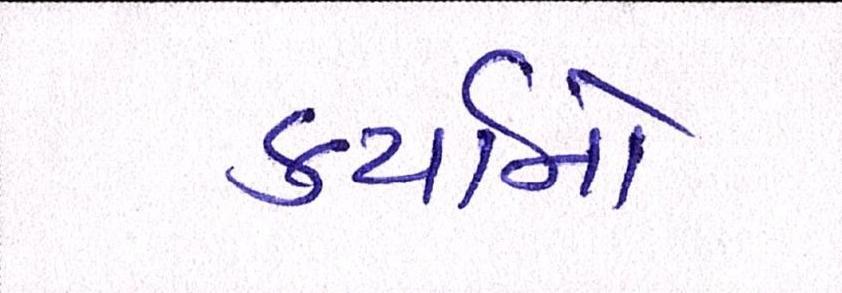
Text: કર્યાનો